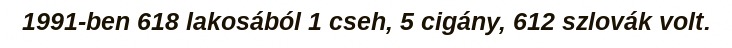
1991-ben 618 lakosából 1 cseh, 5 cigány, 612 szlovák volt.